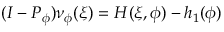
( I - P _ { \phi } ) \nu _ { \phi } ( \xi ) = H ( \xi , \phi ) - h _ { 1 } ( \phi )